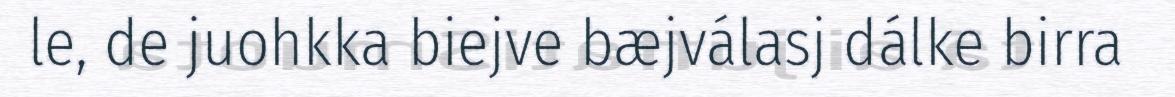
le, de juohkka biejve bæjválasj dálke birra